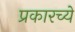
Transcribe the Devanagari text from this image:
प्रकारच्ये